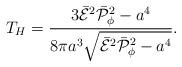
LaTeX: \begin{align*}T_H={{3\bar{\cal E}^2\bar{\cal P}^2_{\phi}-a^4}\over{8\pi a^3\sqrt{\bar{\cal E}^2\bar{\cal P}^2_{\phi}-a^4}}}.\end{align*}